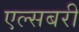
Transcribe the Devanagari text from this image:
एल्सबरी